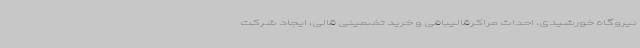
نیروگاه خورشیدی، احداث مراکرقالیبافی و خرید تضمینی قالی، ایجاد شرکت